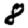
Digit: 8